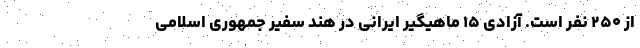
از ۲۵۰ نفر است. آزادی ۱۵ ماهیگیر ایرانی در هند سفیر جمهوری اسلامی